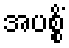
အပစ္စိံ